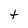
Character: t